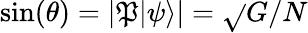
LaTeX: \sin(\theta)=|\mathfrak{P}|\psi\rangle|={\sqrt{}{{G/N}}}